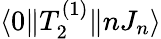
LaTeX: \langle 0\| T_{2}^{(1)}\| nJ_{n}\rangle